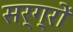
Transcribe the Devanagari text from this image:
सर्ग्रों